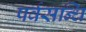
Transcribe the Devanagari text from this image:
पर्वसन्धि